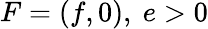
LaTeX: F=(f,0),\ e>0